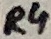
Text: R4